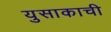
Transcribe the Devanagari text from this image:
युसाकाची